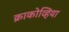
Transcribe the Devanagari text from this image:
क्राकोव्हिया